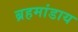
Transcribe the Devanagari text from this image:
ब्रहमांडाय